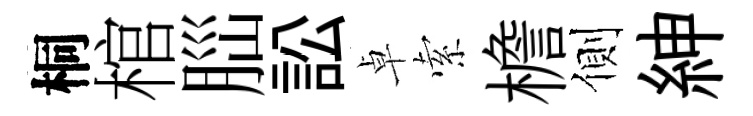
桐棺𦛁訟卓索檐側紳